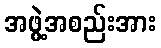
အဖွဲ့အစည်းအား